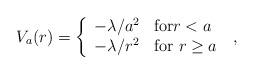
LaTeX: \begin{align*}V_{a}(r) = \left\{ \begin{array} {ll} - \lambda/a^{2} & \mbox{for$r<a$} \\ -\lambda/r^{2} & \mbox{for $r\geq a$}\end{array}\right.\; ,\end{align*}